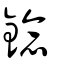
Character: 錜